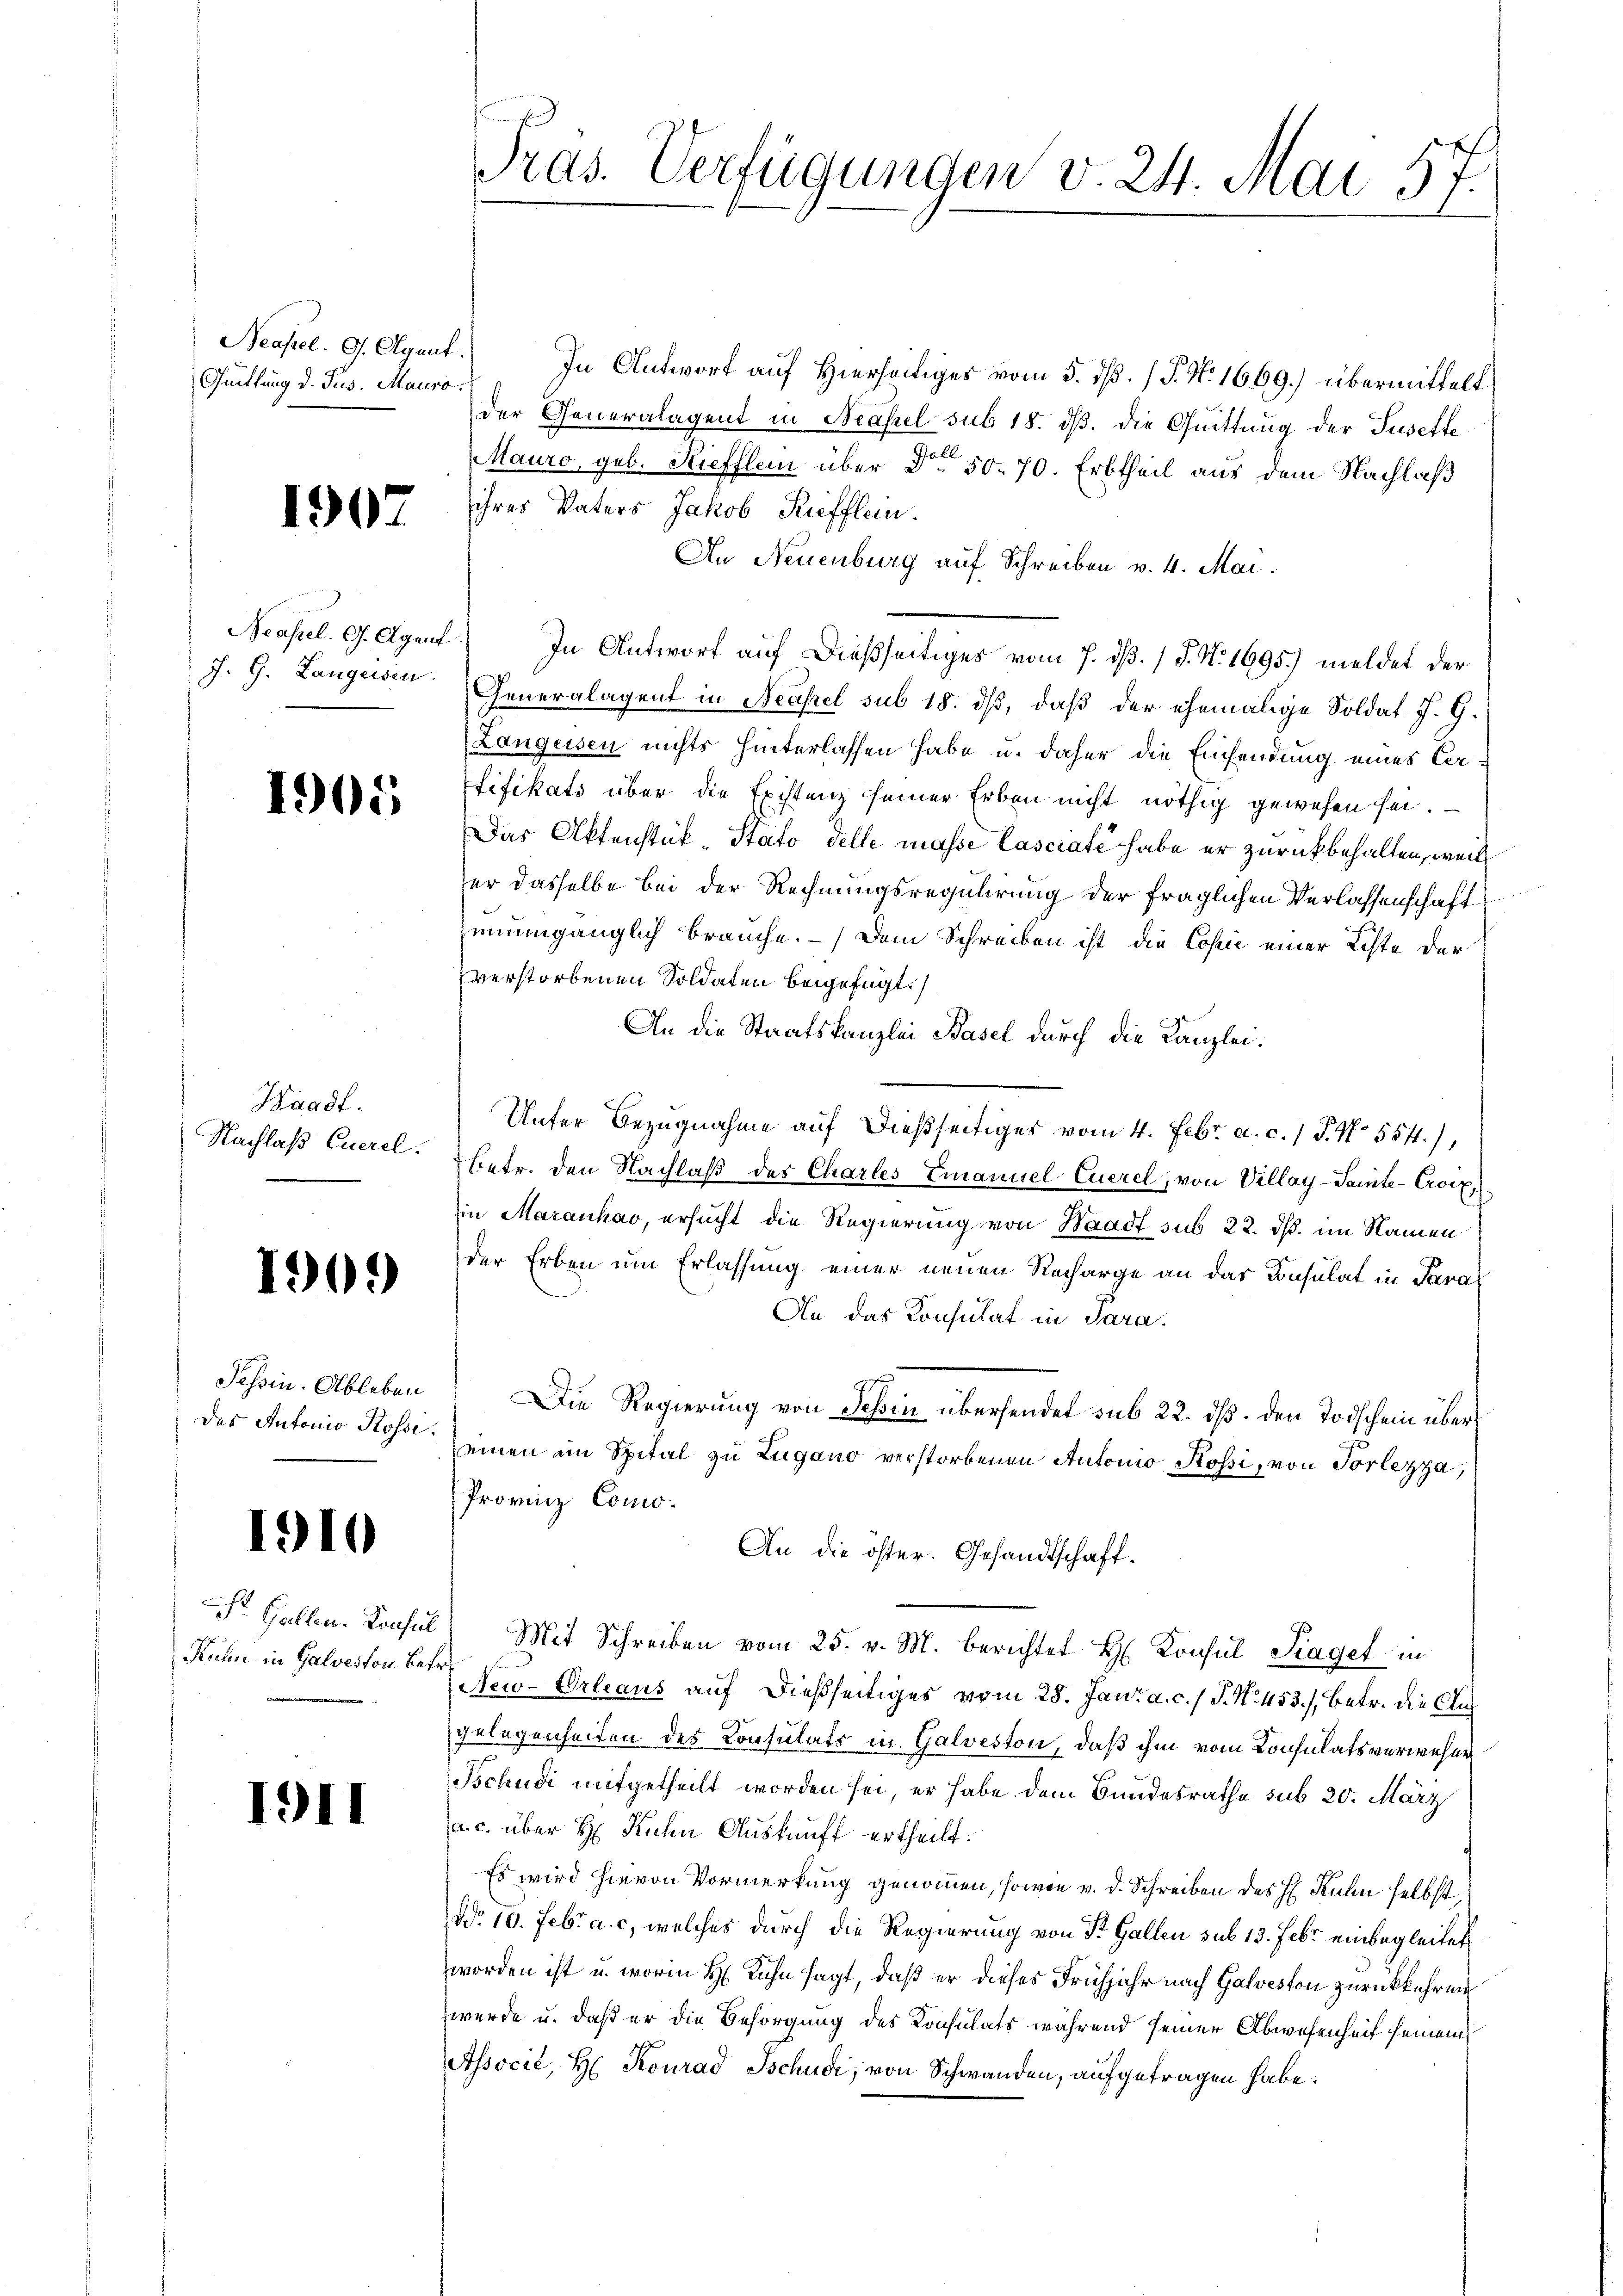
Neapel. G. Agent.
Quittung d. Jus. Mauro

1907.

Neapel. G. Agent

1905.

Waadt.

1909)

Tessin. Ableben
das Antonio Rosse

1910

Ruhn in Galveston Betr.

1911

In Antwort auf Hierseitiges vom 5. ds. (T. N. 1669.) übermittelt
der Generalagent in Neapel sub 18. dß. die Quittung der Susette
Mauro, geb. Riefflein über Dr. 50. 70. Erbtheil aus dem Nachlaß
ihres Vaters Jakob Kriefflein.
An Neuenburg auf Schreiben v. 4. Mai.
In Antwort auf dießseitiges vom 7. dß. / P. N. 1695) meldet der
J. G. Langewen. Generalagent in Neapel sub 18. dß, daß der ehemalige Soldat J. G.
Langeisen nichts hinterlassen habe u. daher die Einsendung eines Vertifikats über die Existenz seiner Erben nicht nöthig gewesen sei.
Das Aktenstük-Stato delle masse Casciate habe er zurückbehalten, weil
er dasselbe bei der Rechnungsregulirung der fraglichen Verlassenschaft
unumgänglich brauche. – Dem Schreiben ist die Copie einer Liste der
verstorbenen Soldaten beigefügt:
An die Staatskanzlei Basel durch die Kanzlei.
Unter Bezugnahme auf dießseitiges vom 4. Febr. a. c. / P. Nr. 554.),
Nachlaß Euerel. betr. den Nachlaß des Charles Emanuel Euerel, von Villay-Saite-Croix,
in Maranhav, ersucht die Regierung von Waadt sub 22. dß. im Namen
der Erben um Erlassung einer neuen Recharge an das Konsulat in Para¬
An das Konsulat in Sara
Die Regierung von Schin übersendet sub 22. dß. den Todschein überseinen im Spital zu Lugano verstorbenen Antonio Kossi, von Vorlezza,
Provinz Como¬
An die öster. Gesandtschaft.
St. Gallen. Konsul Mit Schreiben vom 25. v. M. berichtet H. Konsul Fraget in
New-Orleaus auf dießseitiges vom 28. Jan. a. c. / J. N. 453.) Betr. die Aus
gelegenheiten des Consulats in Galveston, daß ihm vom Konsulatsverwesen
Tschudi mitgetheilt worden sei, er habe dem Bundesrathe sub 20. März
a.c. über H: Ruhen Auskunft ertheilt.
Es wird hievon Vormerkung genommen, sowie v. d. Schreiben des H. Kuhn selbst
do. 10. Febr. a. c. welches durch die Regierung von St. Gallen sub 13. Febr. einbegleitet
worden ist u. worin H. Kuhn sagt, daß er dieses Frühjahr nach Galveston zurückkehren
werde u. daß er die Besorgung des Konsulats während seiner Abwesenheit seinem
Associé, H. Konrad Tschudi, von Schwanden, aufgetragen habe.

Pras. Verfügungen v. 24. Mai 57.